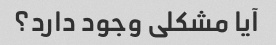
آیا مشکلی وجود دارد؟